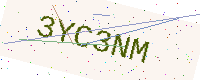
Text: 3YC3NM